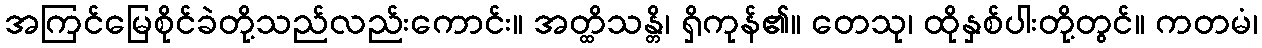
အကြင်မြေစိုင်ခဲတို့သည်လည်းကောင်း။ အတ္ထိသန္တိ၊ ရှိကုန်၏။ တေသု၊ ထိုနှစ်ပါးတို့တွင်။ ကတမံ၊